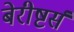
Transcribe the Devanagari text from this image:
बेरीष्टर्स